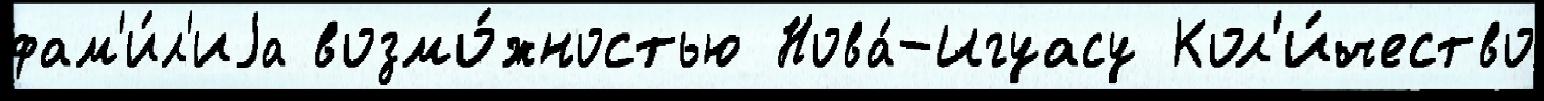
фам'и́л'иjа возмо́жностью Нова́-Игуасу Кол'и́чество